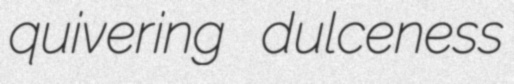
quivering dulceness